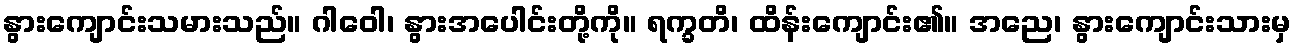
နွားကျောင်းသမားသည်။ ဂါဝေါ၊ နွားအပေါင်းတို့ကို။ ရက္ခတိ၊ ထိန်းကျောင်း၏။ အညေ၊ နွားကျောင်းသားမှ